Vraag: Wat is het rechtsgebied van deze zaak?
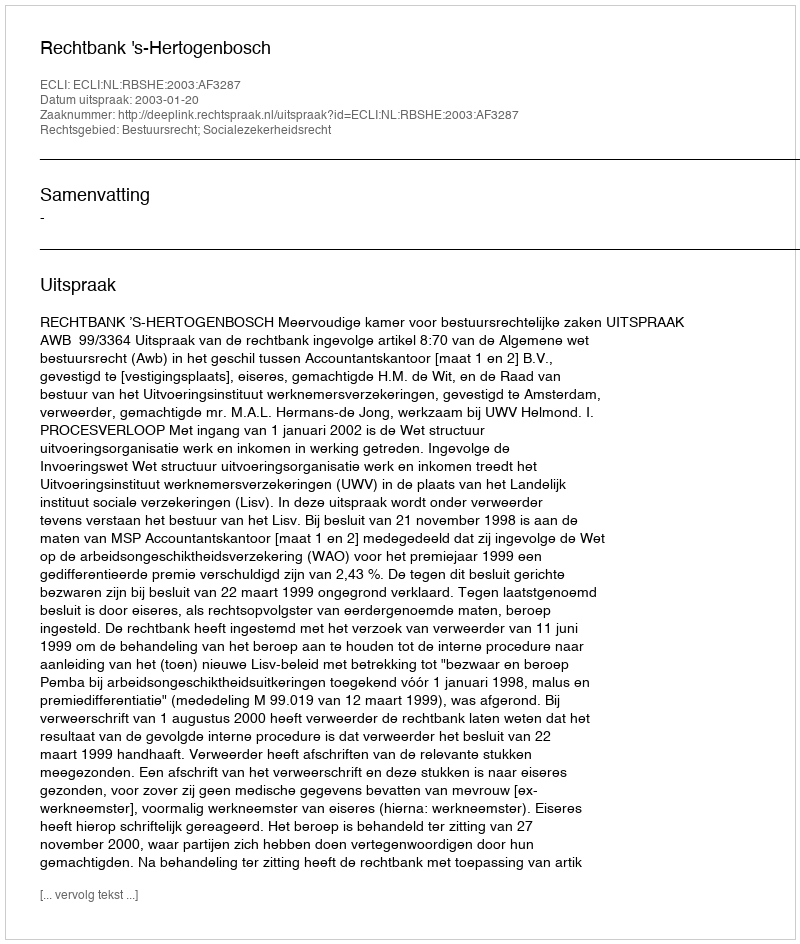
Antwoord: Bestuursrecht; Socialezekerheidsrecht